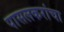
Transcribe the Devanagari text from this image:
पासलकरांचा